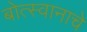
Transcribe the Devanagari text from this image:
बोत्स्वानाचे